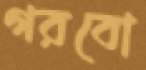
গরবো